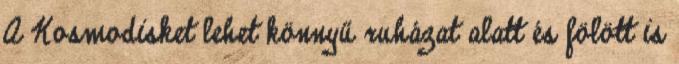
A Kosmodisket lehet könnyű ruházat alatt és fölött is